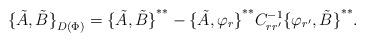
LaTeX: \begin{align*}{\{\tilde A,\tilde B\}}_{D(\Phi)}={\{\tilde A,\tilde B\}}^{**}-{\{\tilde A,\varphi_r\}}^{**}C^{-1}_{rr^\prime}{\{\varphi_{r^\prime},\tilde B\}}^{**}.\end{align*}